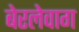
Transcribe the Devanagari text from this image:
बेरलेवाग